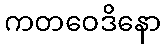
ကတဝေဒိနော